Medical and sanitary report of the native army of Bengal for the year
Year: 1877
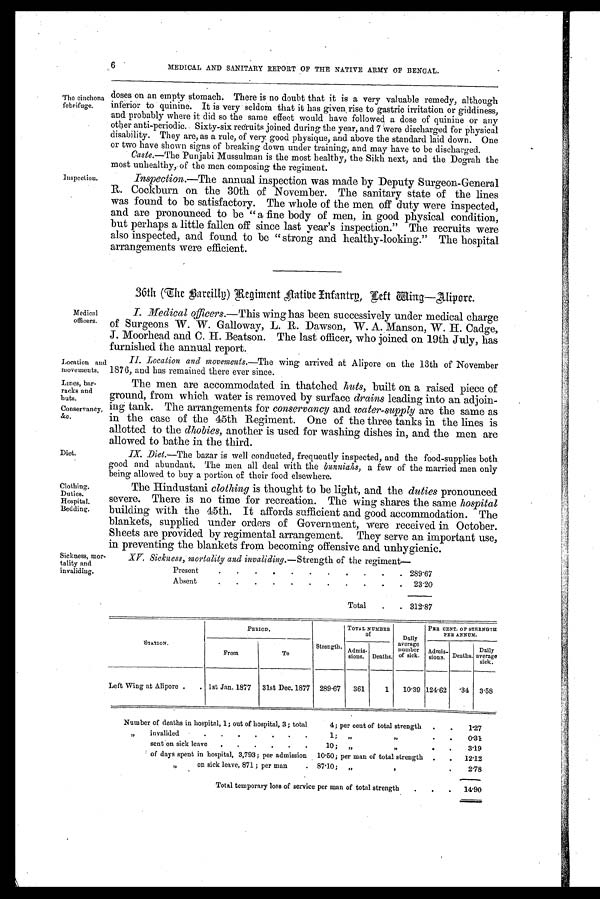
Location and
movements.
Lines, bar-
racks and
Conservancy,
&c
Diet.
Clothing,
Duties.
Hospital.
Bedding.
6
MEDICAL AND SANITARY REPORT OF THE NATIVE ARMY OP BENGAL.
The cinchona
febrifuge.
Inspection.
doses on an empty stomach. There is no doubt that it is a very valuable remedy, although
inferior to quinine. It is very seldom that it has given , rise to gastric irritation or giddiness,
and probably where it did so the same effect would have followed a dose of quinine or any
other anti-periodic. Sixty-six recruits joined during the year, and 7 were discharged for physical
disability. They are, as a rule, of very good physique, and above the standard laid down. One
or two have shown signs of breaking down under training, and may have to be discharged.
Caste.—The Punjabi Mussulman is the most healthy, the Sikh next, and the Dograh the
most unhealthy, of the men composing the regiment.
Inspection.—The annual inspection was made by Deputy Surgeon-General
R. Cockburn on the 30th of November. The sanitary state of the lines
was found to be satisfactory. The whole of the men off duty were inspected,
and are pronounced to be " a fine body of men, in good physical condition,
but perhaps a little fallen off since last year's inspection." The recruits were
also inspected, and found to be " strong and healthy-looking." The hospital
arrangements were efficien
t .
36th (The Bareillp) Regiment Native Infantrp, Left Wing- Alipoer.
Medical officers.—This wing has been successively under medical charge
of Surgeons W. W. Galloway, L. R. Dawson, W. A. Manson, W. H. Cadge,
J. Moorhead and C. H. Beatson. The last officer, who joined on 19th July, has
furnished the annual report.
Location and movements.—The wing arrived at Alipore on the 13th of November
1876, and has remained there ever since.
The men are accommodated in thatched huts, built on a raised piece of
ground, from which water is removed by surface drains leading into an adjoin-
ing tank. The arrangements for conservancy and water-supply are the same as
in the case of the 45th Regiment. One of the three tanks in the lines is
allotted to the dhobies, another is used for washing dishes in, and the men are
allowed to bathe in the third.
IX. Diet.—The bazar is well conducted, frequently inspected, and the food-supplies both
good and abundant. The men all deal with the bunnias, a few of the married men only
being allowed to buy a portion of their food elsewhere.
The Hindustani clothing is thought to be light, and the duties pronounced
severe. There is no time for recreation. The wing shares the same hospital
building with the 45th. It affords sufficient and good accommodation. The
blankets, supplied under orders of Government, were received in October.
Sheets are provided by regimental arrangement. They serve an important use,
in preventing the blankets from becoming offensive and unhygienic.
Sickness, mor-
tality and
invaliding.
XV. Sickness, mortality and invaliding.— Strength of the regiment-
Present
2 8 9 . 6 7
Absent
2 3 . 2 0
Total
3 1 2 . 8 7
S T A T I O N .
PERIOD.
Strength.
TOTAL NUMBER OF
PER CENT. OF STRENGTH PER ANNUM.
From
T o
Admissions. Deaths.
Dai l y aver age number of s i ck.
Admissions. Deaths.
D a i l y a v e r a g e s i c k .
Left Wing at Alipore
1st Jan. 1877
31st Dec. 1877 289.67
361
1
10.39 124.62
.34
3. 58
Number of deaths in hospital, 1; out of hospital, 3; total
4; per cent of total strength
1 . 2 7
,, invalided
1; ,, ,,
0 . 3 1
,, send on sick leave
10; ,, ,,
3 . 1 9
,, of days spent in hospital, 3,793; per admission
10.50; per man of tototal strength
1 2 . 1 2
,, on sick leave, 871; per man
8 7 . 1 0 ; , , , ,
2 . 7 8
T o t a l t e m p o r a r y l o s s o f s e r v i c e p e r m a n o f t o t a l s t r e n g t h
1 4 . 9 0